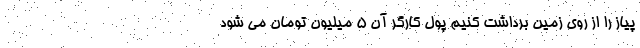
پیاز را از روی زمین برداشت کنیم پول کارگر آن 5 میلیون تومان می شود